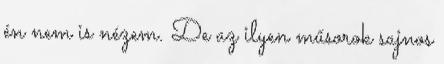
én nem is nézem. De az ilyen műsorok sajnos